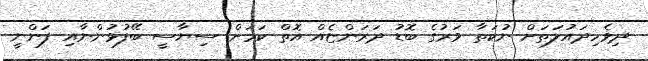
ދިވެހިދައުލަތަށް ނުކަތާ ވަރުގެ ބޮޑު ދަރަންޏެއް އޮތް ކަމަށް ސިޔާސީ ބޭފުޅުންނާއި ފަންނީ